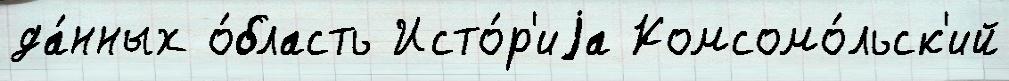
да́нных о́бласть Исто́р'иjа Комсомо́льск'ий